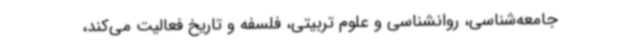
جامعه‌شناسی، روانشناسی و علوم تربیتی، فلسفه و تاریخ فعالیت می‌کند،